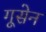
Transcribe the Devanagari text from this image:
गूसेन